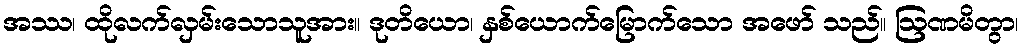
အဿ၊ ထိုလက်လှမ်းသောသူအား။ ဒုတိယော၊ နှစ်ယောက်မြောက်သော အဖော် သည်။ ဩဏမိတွာ၊